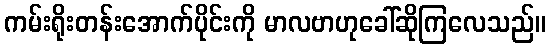
ကမ်းရိုးတန်းအောက်ပိုင်းကို မာလဗာဟုခေါ်ဆိုကြလေသည်။